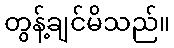
တွန့်ချင်မိသည်။